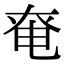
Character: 𡘤